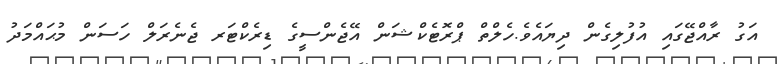
އަގު ރާއްޖޭގައި އުފުލިގެން ދިޔައެވެ.ހެލްތް ޕްރޮޓެކްޝަން އޭޖެންސީގެ ޑިރެކްޓަރ ޖެނެރަލް ހަސަން މުޙައްމަދު